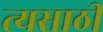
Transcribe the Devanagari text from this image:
त्यसाठी